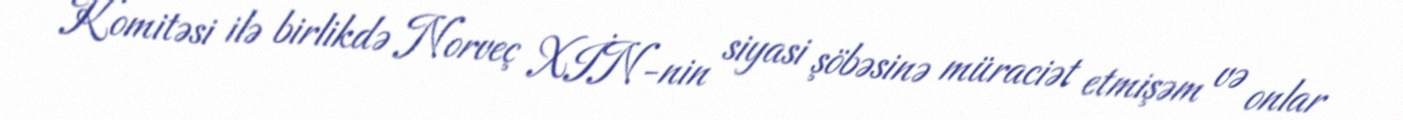
Komitəsi ilə birlikdə Norveç XİN-nin siyasi şöbəsinə müraciət etmişəm və onlar